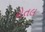
રોતલ